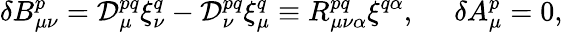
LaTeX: {\delta}B_{\mu\nu}^{p}={\cal D}_{\mu}^{pq}{\xi}_{\nu}^{q}-{\cal D}_{\nu}^{pq}{\xi}_{\mu}^{q}\equiv R_{\mu\nu\alpha}^{pq}{\xi}^{q\alpha},\, \, \, \, \, \, \, \, {\delta}A_{\mu}^{p}=0,